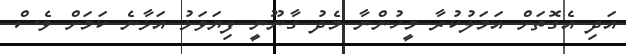
އަދި އެގޮތަށް އަމަލުކުރާ މީހުންނާ މެދު ގާނޫނީ ފިޔަވަޅު އަޅާނެ ކަމަށް ވެސް